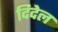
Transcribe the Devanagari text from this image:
दिदेल